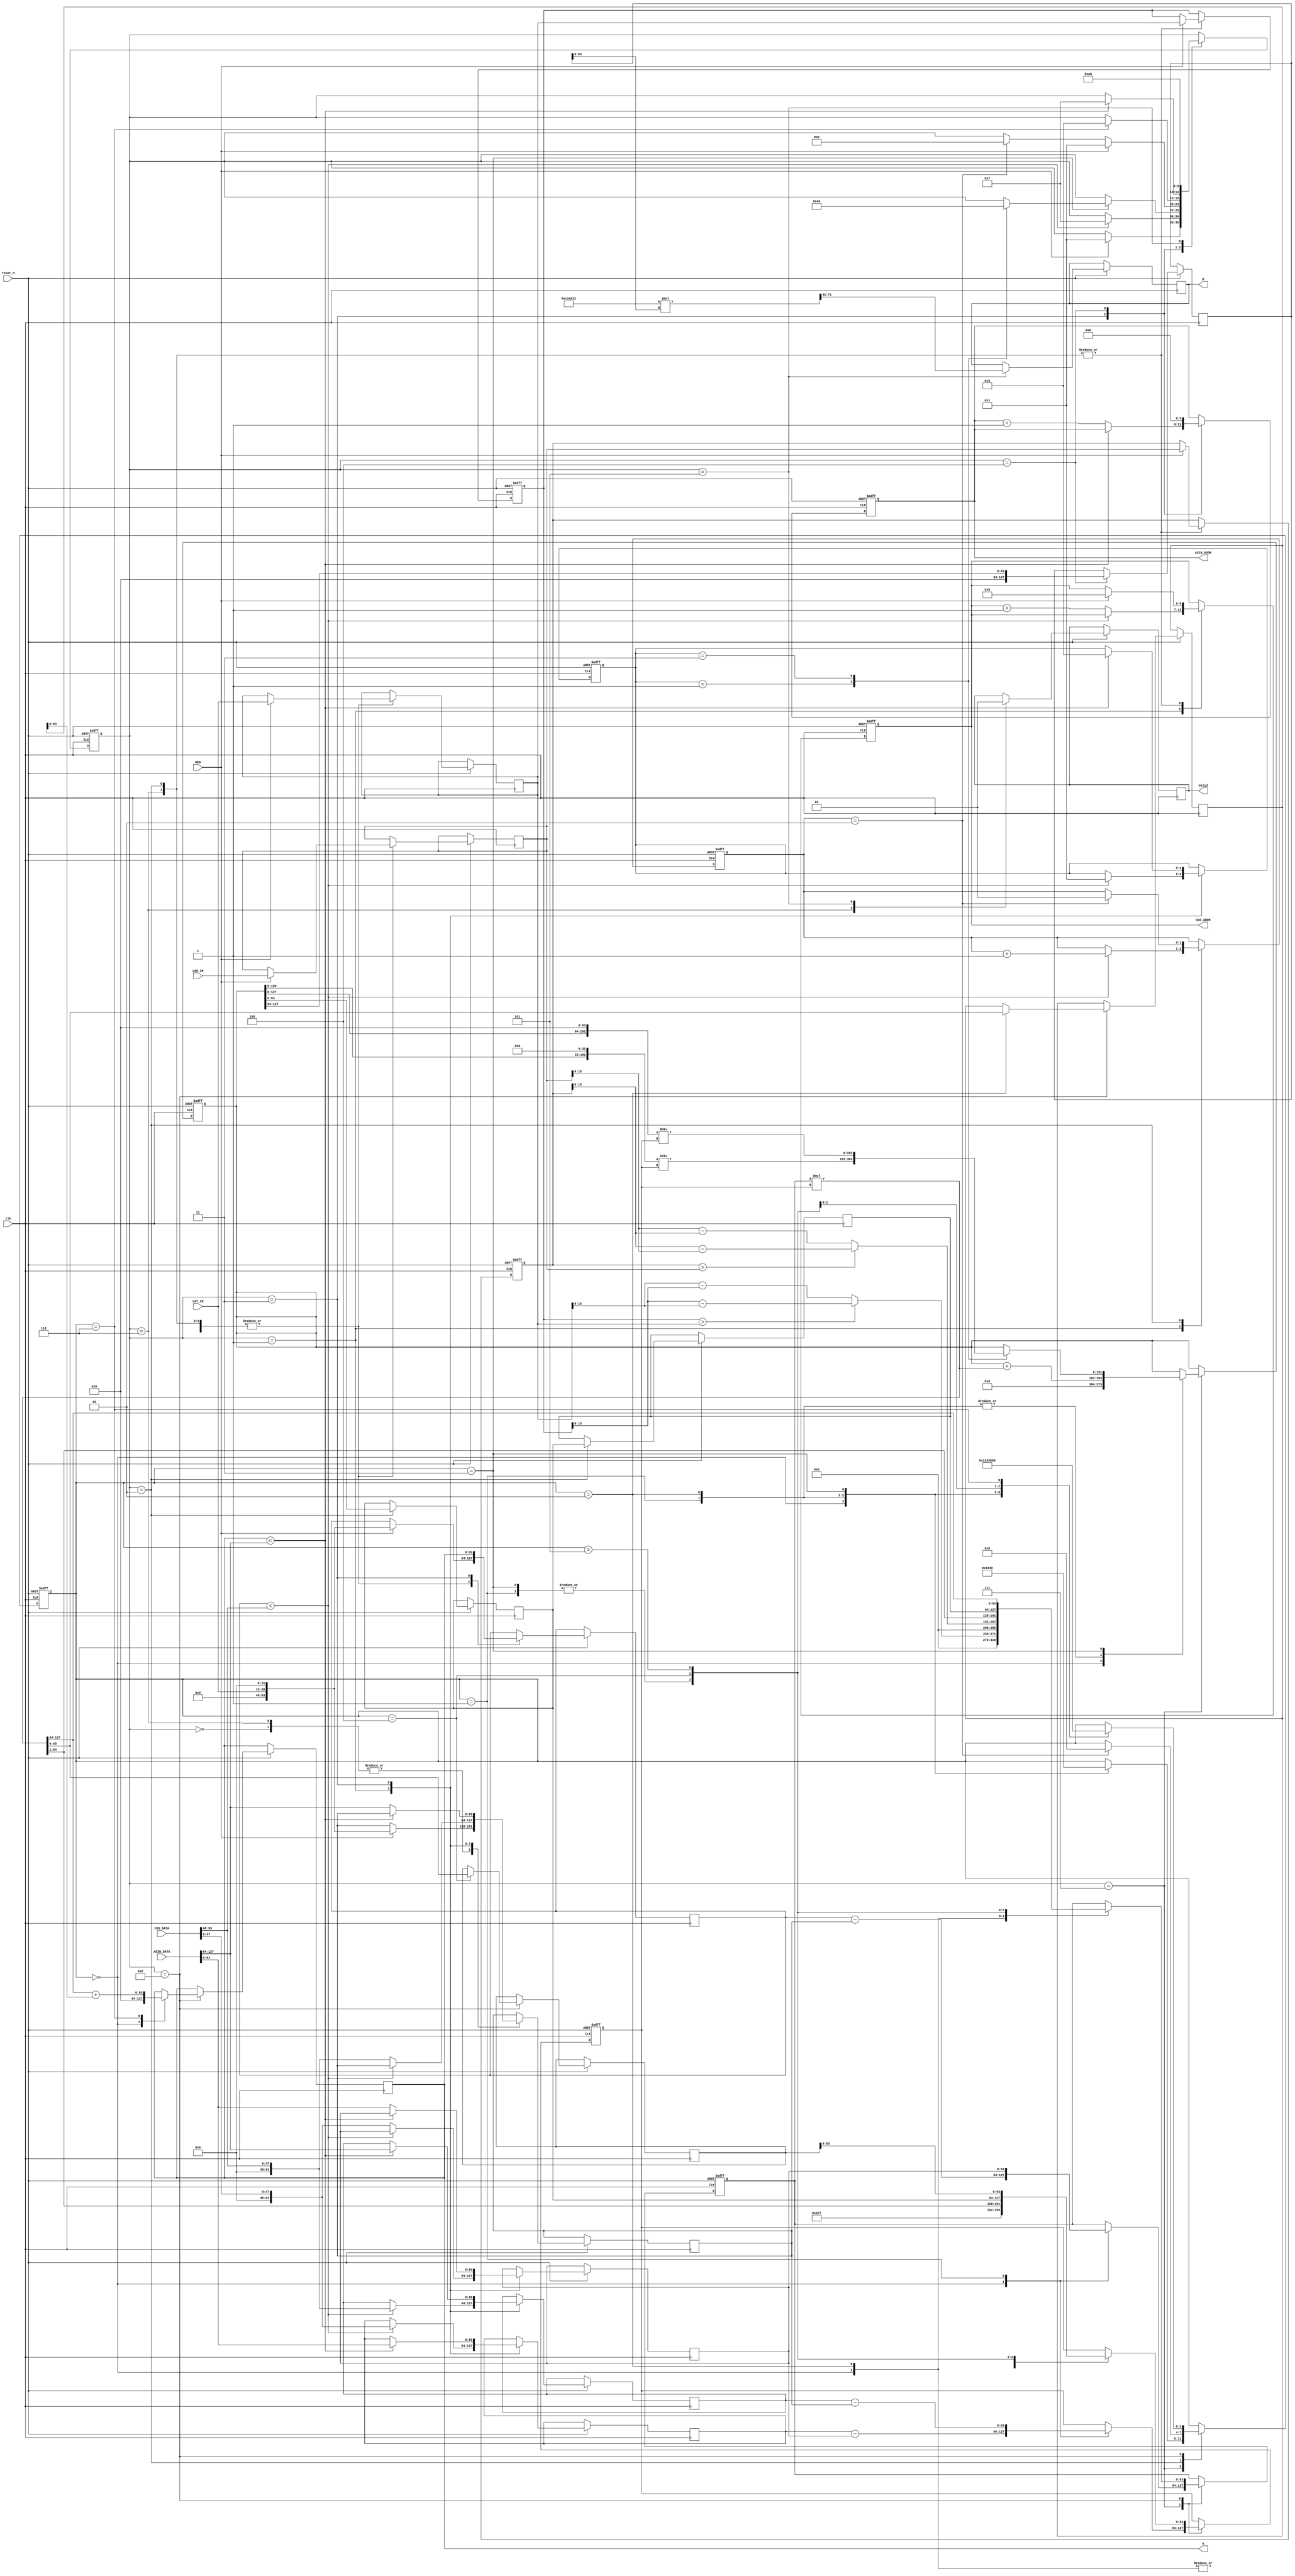
`timescale 1ns/10ps
module GPSDC(clk, reset_n, DEN, LON_IN, LAT_IN, COS_ADDR, COS_DATA, ASIN_ADDR, ASIN_DATA, Valid, a, D);
  input              clk;
  input              reset_n;
  input              DEN;
  input      [23:0]  LON_IN;
  input      [23:0]  LAT_IN;
  input      [95:0]  COS_DATA;
  output    reg  [6:0]   COS_ADDR;
  input      [127:0] ASIN_DATA;
  output    reg  [5:0]   ASIN_ADDR;
  output      reg        Valid;
  output     reg [39:0]  D;
  output     reg  [63:0]  a;

  parameter IDLE=0,COS=1,ASIN=3,D_CAL=5,COS_STORE = 2,ASIN_STORE =4,WAIT=6, IP = 7,a_CAL=8;

  reg[4:0]cs;
  reg [63:0] x,x1,x0,y1,y0;
  reg [7:-16] lat_a,lon_a,lat_b,lon_b;

  wire [127:0] mul;
  reg [63:0] data1,data2;

  wire [-1:-16] abs_lon = (lon_a > lon_b) ? lon_a - lon_b : lon_b - lon_a;
  wire [-1:-16] abs_lat = (lat_a > lat_b) ? lat_a - lat_b : lat_b - lat_a;

  reg [-1:-64] cos_lat_a,cos_lat_b;//(0,64)

  wire [31:0] R = 32'd12756274;
  wire [-1:-16] rad = 16'h477;//(0,16)

  reg [-1:64] a1,a2;
  /*wire [-1:-64] a1 ;//((0,16)*(0,16))**2 = (0,64)
  wire [-1:-64] a2 ;//((0,16)*(0,16))**2 = (0,64)
  wire [-1:-128] a3 = cos_lat_a * cos_lat_b;//(0,64)*(0,64)
  wire [-1:-192] a4 = a3*a2;//(0,128)*(0,64) = (0,192)
  */

 
  assign mul = data1 * data2;

  reg  [127:0] asin;
  wire [95:0] D_temp = R*asin[63:0];//(32,0)*(0,64)=(32,64)
  reg [191:0] ip_value;
  reg [4:0]pre_state;

  reg [1:0] cnt;
  reg [3:0]cnt1;
  //top fsm
  always @(posedge clk ,negedge reset_n)
  begin
    if(!reset_n)
    begin
      cs <= IDLE;
      lat_a <= 0;
      lon_a <= 0;
      COS_ADDR <=0;
      ASIN_ADDR <=0;
      cnt <= 0;
      cnt1 <= 0;
      ip_value <=0;
      data1 <= 0;
      data2 <= 0;
      pre_state <= 0;
    end
    else
    case (cs)
      IDLE:
      begin
        if(DEN)
        begin
          cs <= COS;
          lat_b <= LAT_IN;
          lon_b <= LON_IN;
          x <= {{8{1'b0}},LAT_IN,{16{1'b0}}};
          x0 <= {{8{1'b0}},LAT_IN,{16{1'b0}}};
        end
      end
      WAIT:
      begin
        Valid <= 0;
        if(DEN)
        begin
          lat_b <= LAT_IN;
          lon_b <= LON_IN;
          lat_a <= lat_b;
          lon_a <= lon_b;

          x <= {{8{1'b0}},LAT_IN,{16{1'b0}}};
          x0 <= {{8{1'b0}},LAT_IN,{16{1'b0}}};
          COS_ADDR <= 0;
          cs <= COS;
        end
      end
      COS:
      begin
        if(x < COS_DATA[95:48])
        begin
          cs <= IP;
          pre_state <= COS;
          cnt <= cnt +1;
          x1 <= COS_DATA[95:48];
          y1 <= COS_DATA[47:0];
        end
        else
        begin
          COS_ADDR <= COS_ADDR +1;
          x0 <= COS_DATA[95:48];
          y0 <= COS_DATA[47:0];
        end
      end
      IP:
      begin
        case (cnt1)
          0 :
          begin
            data1 <= x-x0;
            data2 <= y1-y0;
            ip_value <=0;
            cnt1 <= 1;
          end
          1:
          begin
            data1 <= y0;
            data2 <= x1-x0;
            ip_value <= ip_value + mul;//add ((x-x0) * (y1-y0))
            cnt1 <=2;
          end
          2:
          begin
            ip_value <= ip_value + mul;//add (y0 * (x1-x0))
            cnt1 <=3;
          end
          3:
          begin
            cnt1 <=0;
            case(pre_state)
              COS:
              begin
                cs <= COS_STORE;
                ip_value <= (ip_value<<32)/data2;
              end
              ASIN:
              begin
                cs <= ASIN_STORE;
                ip_value <= (ip_value<<64)/data2;
              end
            endcase
          end
        endcase
      end
      COS_STORE:
      begin
        cos_lat_b <= ip_value;
        cos_lat_a <= cos_lat_b;
        if(cnt == 2)
        begin
          cnt <= 1;
          cs <= a_CAL;
          cnt1 <= 0;
        end
        if(DEN)
        begin
          lat_b <= LAT_IN;
          lon_b <= LON_IN;
          lat_a <= lat_b;
          lon_a <= lon_b;

          x <= {{8{1'b0}},LAT_IN,{16{1'b0}}};
          COS_ADDR <= 0;
          cs <= COS;
        end
      end
      a_CAL:
      begin
        case (cnt1)
          0 :
          begin
            data1 <= abs_lat;
            data2 <= rad;
            a <=0;
            cnt1 <= 1;
          end
          1:
          begin
            data1 <= mul>>1;
            data2 <= mul>>1;
            cnt1 <=2;
          end
          2:
          begin
            a1 <= mul;
            data1 <= abs_lon;
            data2 <= rad;
            cnt1 <=3;
          end
          3:
          begin
            data1 <= mul>>1;
            data2 <= mul>>1;
            cnt1 <=4;
          end
          4:
          begin
            a2 <= mul;
            data1 <= cos_lat_a;
            data2 <= cos_lat_b;
            cnt1 <=5;
          end
          5:
          begin
            data1 <= mul[127-:64];
            data2 <= a2;
            //(0,64) * (0,64) = (0,128),(cos a * cos b)64
            cnt1 <=6;
          end
          6:
          begin
            a <= mul[127-:64] + a1;
            cnt1 <=0;
            cs <= ASIN;
          end
        endcase
      end
      ASIN:
      begin
        x <= a;
        if(a < ASIN_DATA[127:64])
        begin
          cs <= IP;
          pre_state <= ASIN;
          x1 <= ASIN_DATA[127:64];
          y1 <= ASIN_DATA[63:0];
        end
        else
        begin
          ASIN_ADDR <= ASIN_ADDR +1;
          x0 <= ASIN_DATA[127:64];
          y0 <= ASIN_DATA[63:0];
        end
      end
      ASIN_STORE:
      begin
        asin <= ip_value[64+:64];
        ASIN_ADDR <= 0;
        cs <= D_CAL;
      end
      D_CAL:
      begin
        D <= D_temp[32+:40];
        Valid <= 1;
        cs <= WAIT;
      end
    endcase
  end

endmodule